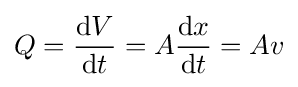
Q={\frac {\mathrm {d} V}{\mathrm {d} t}}=A{\frac {\mathrm {d} x}{\mathrm {d} t}}=Av